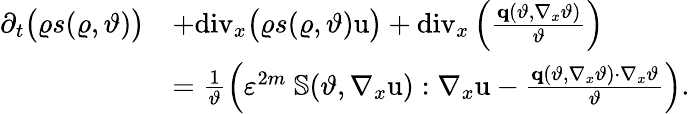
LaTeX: \begin{array}{rl}{\partial_{t}\big(\varrho s(\varrho,\vartheta)\big)}&{+\mathrm{div}_{x}\big(\varrho s(\varrho,\vartheta)\textbf{\textup{u}}\big)+\mathrm{div}_{x}\left(\frac{\textbf{q}(\vartheta,\nabla_{x}\vartheta)}{\vartheta}\right)}\\ &{=\frac{1}{\vartheta}\left(\varepsilon^{2m}\ \mathbb{S}(\vartheta,\nabla_{x}\textbf{\textup{u}}):\nabla_{x}\textbf{\textup{u}}-\frac{\textbf{q}(\vartheta,\nabla_{x}\vartheta)\cdot\nabla_{x}\vartheta}{\vartheta}\right).}\end{array}